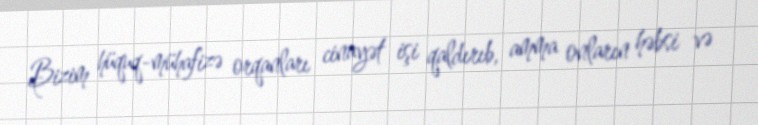
Bizim hüquq-mühafizə orqanları cinayət işi qaldırıb, amma onların həbsi və